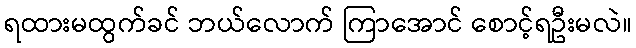
ရထားမထွက်ခင် ဘယ်လောက် ကြာအောင် စောင့်ရဦးမလဲ။